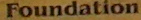
Foundation